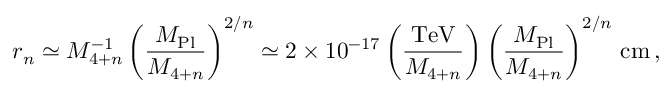
r _ { n } \simeq M _ { 4 + n } ^ { - 1 } \left( \frac { M _ { \mathrm { P l } } } { M _ { 4 + n } } \right) ^ { 2 / n } \simeq 2 \times 1 0 ^ { - 1 7 } \left( \frac { \mathrm { T e V } } { M _ { 4 + n } } \right) \left( \frac { M _ { \mathrm { P l } } } { M _ { 4 + n } } \right) ^ { 2 / n } \, \mathrm { c m } \, ,